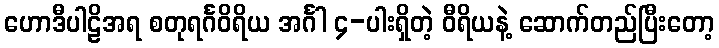
ဟောဒီပါဠိအရ စတုရင်္ဂဝိရိယ အင်္ဂါ ၄-ပါးရှိတဲ့ ဝီရိယနဲ့ ဆောက်တည်ပြီးတော့